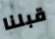
قبلنا